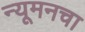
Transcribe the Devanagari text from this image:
न्यूमनचा